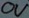
Text: 0V